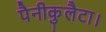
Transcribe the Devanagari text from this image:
पैनीकुलैटा।